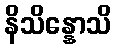
နိသိန္နောသိ